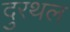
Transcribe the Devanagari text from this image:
दुरथल